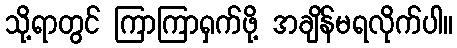
သို့ရာတွင် ကြာကြာရှက်ဖို့ အချိန်မရလိုက်ပါ။